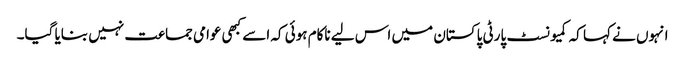
انہوں نے کہا کہ کمیونسٹ پارٹی پاکستان میں اس لیے ناکام ہوئی کہ اسے کبھی عوامی جماعت نہیں بنایا گیا۔